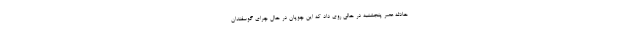
حادثه عصر پنجشنبه در حالی روی داد که این چوپان در حال چرای گوسفندان